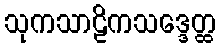
သုကသာဠိကသဒ္ဒေတ္ထ